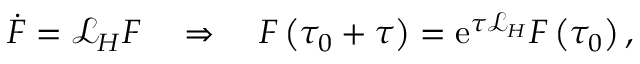
\dot { F } = \mathcal { L } _ { H } F \quad \Rightarrow \quad F \left( \tau _ { 0 } + \tau \right) = \mathrm { e } ^ { \tau \mathcal { L } _ { H } } F \left( \tau _ { 0 } \right) ,